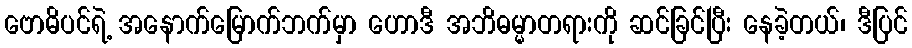
ဗောဓိပင်ရဲ့ အနောက်မြောက်ဘက်မှာ ဟောဒီ အဘိဓမ္မာတရားကို ဆင်ခြင်ပြီး နေခဲ့တယ်၊ ဒီပြင်